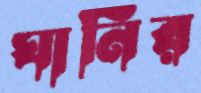
ঘানির